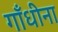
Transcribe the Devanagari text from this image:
गाँधीना